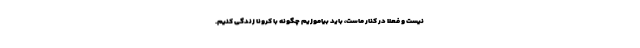
نیست و فعلا در کنار ماست، باید بیاموزیم چگونه با کرونا زندگی کنیم.